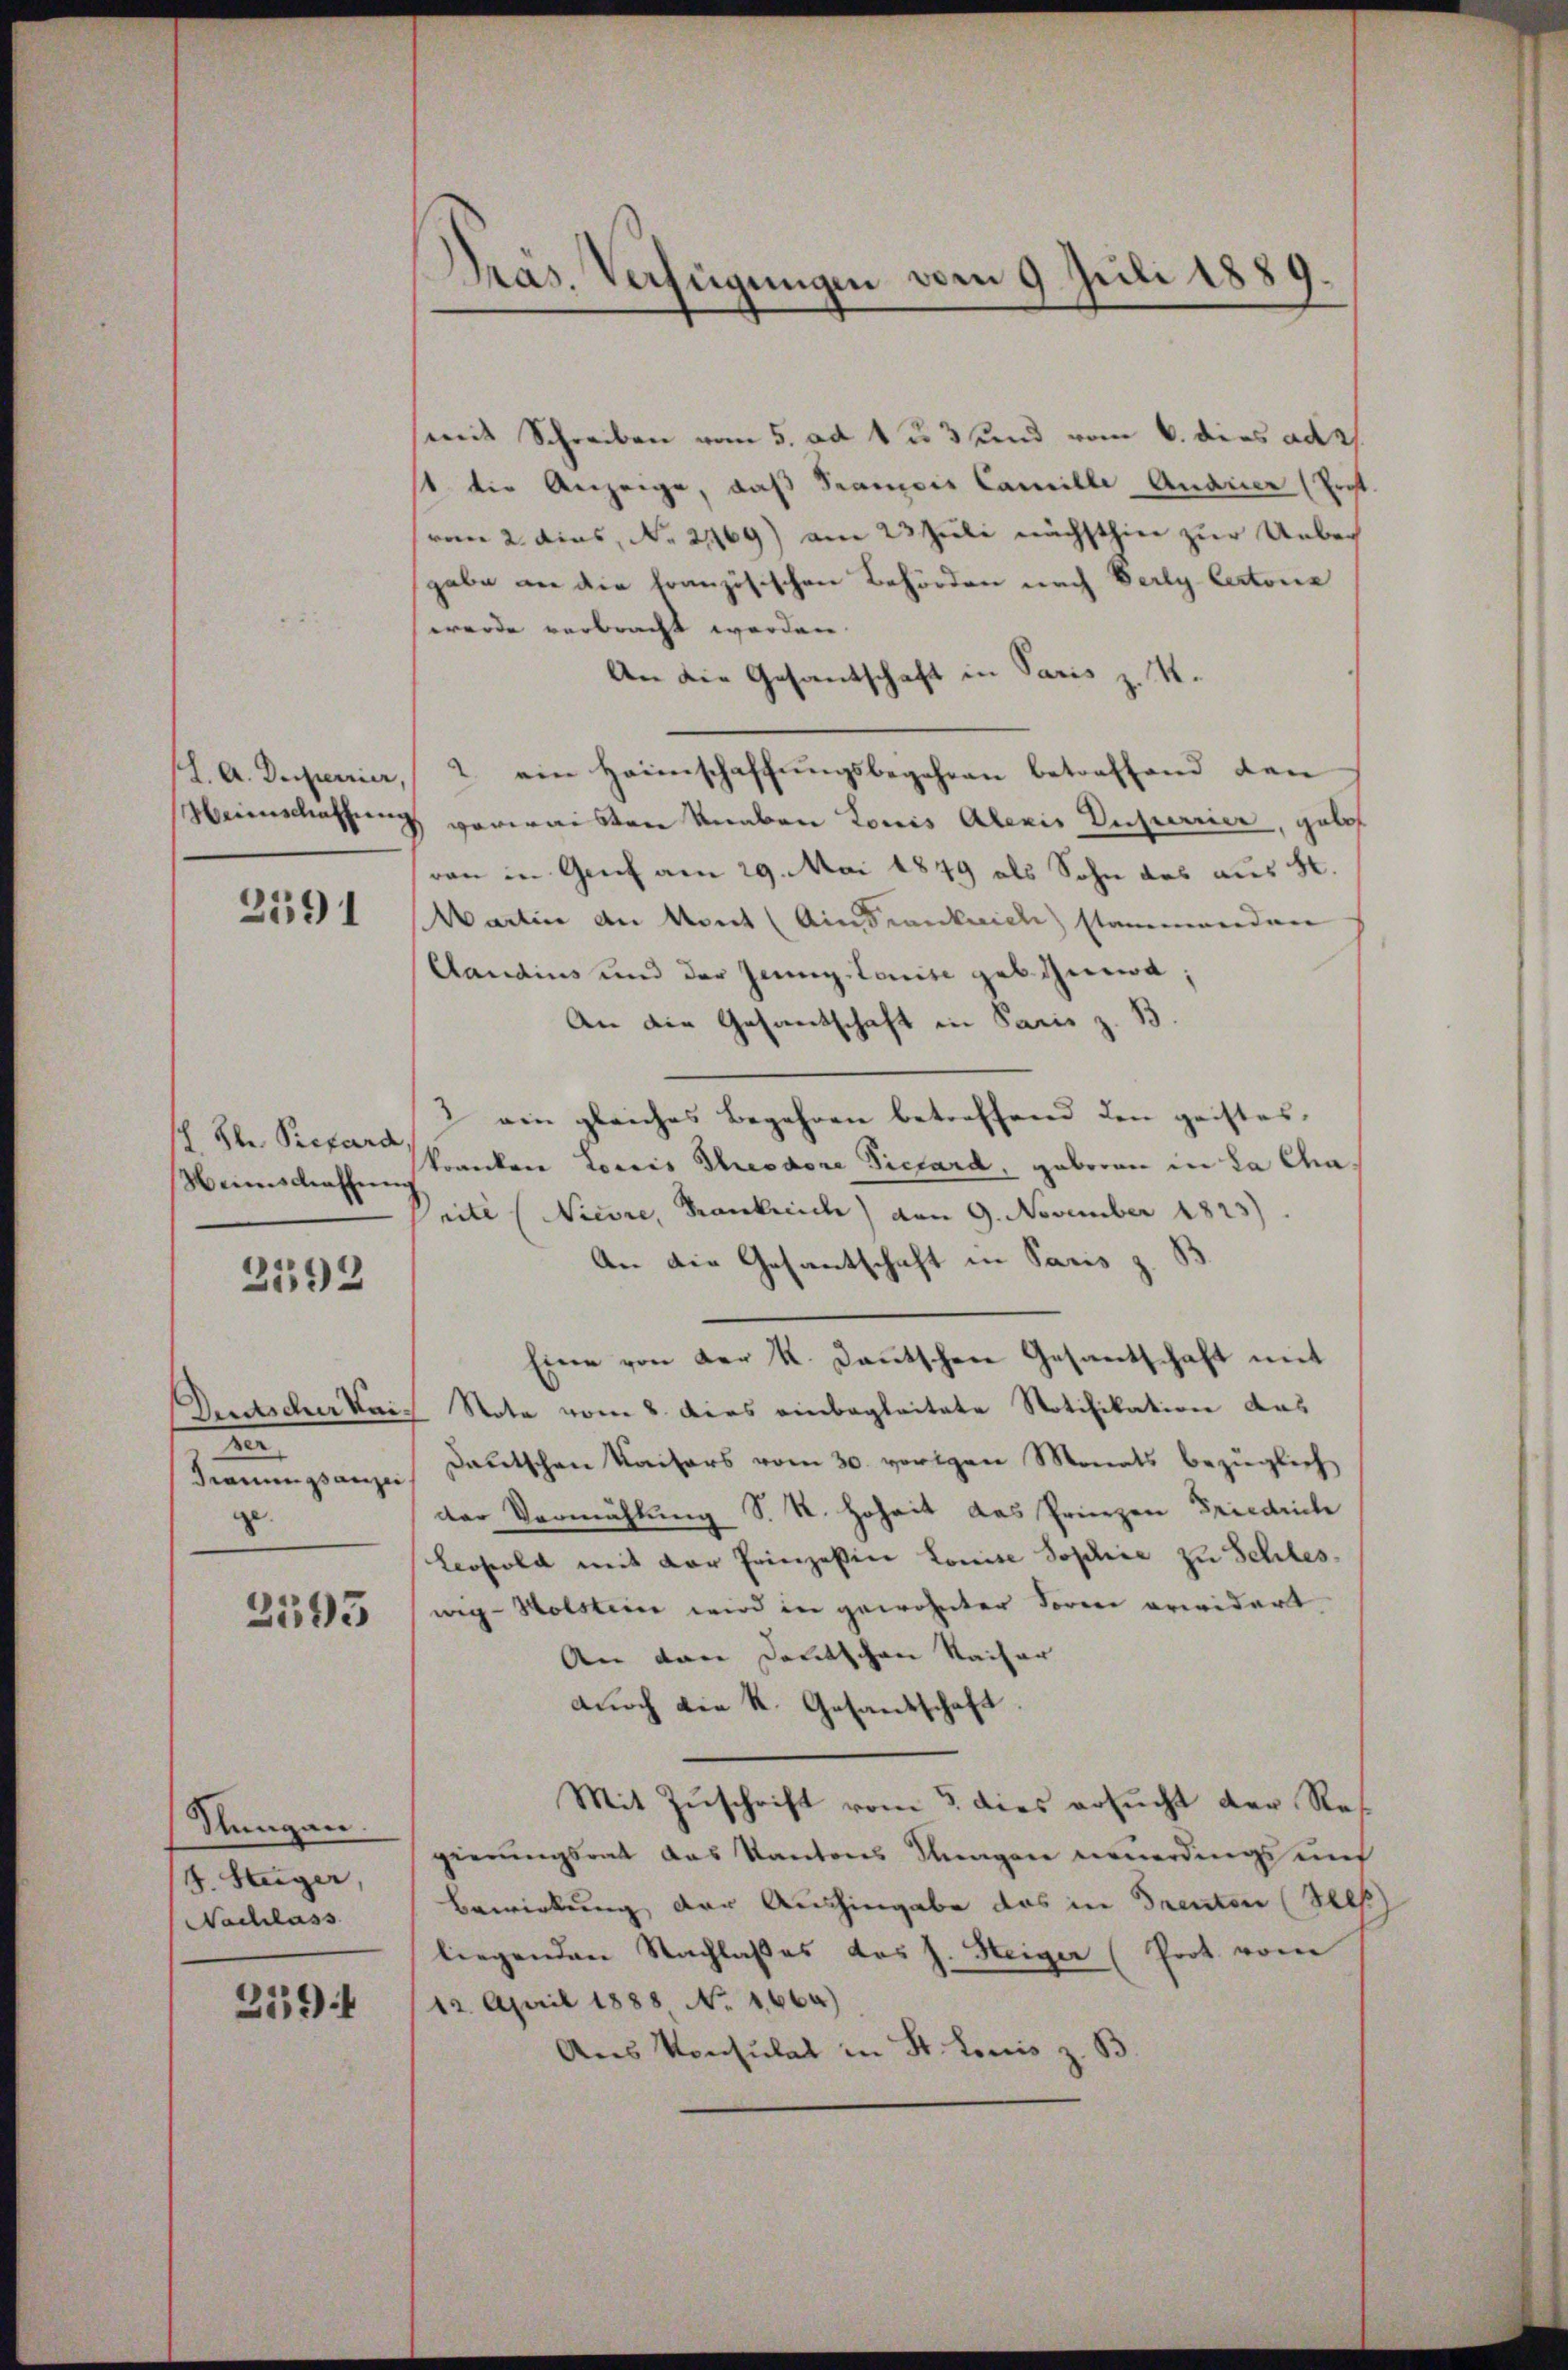
l. A. Duperier,
Meinschaffung

2591

sch. Hlr. Preford
Heimschaffnen

2592

Deutscher Kain
dienungsanzei
ge.

2595

Slungen.
4. Steiger,
Nachlass

2194

Präs. Verfügungen vom 9. Juli 1889.

mit Schreiben vom 5. ad 1 u. 3 und vom 6. dies adr
1 der Anzeige, daß Sramois Camille Audier (Erst
vom 2. dies, No. 21469) am 23 Juli nächsthier zur Unbeg
gabe an die französischen Behörden nach Verly Certone
werde verbracht werden.
An die Gesantschaft in Paris z. R.
2. ein Heimschaffŭngsbegehren betreffend den
verwaisten Knaben Louis Alexis Enfurrier, gelos
von in Genf am 29. Mai 1849 als Sohn des aus 80.
Martin an Mont (Ain Frankreich stammenden
Aaudius und der Jenny Louise geb. thun;
An die Gesandschaft in Paris z. B.
 ein gleiches Begehren betreffend den geistes.
kranken Loris Theodore Pichard, geboren in La Charite (NNievre, Frankreich) von 9. November 1823).
An die Gesantschaft in Paris z. B
Eine von der K. Kautschen Gesantschaft mit
Note vom 2. Das einbegleitete Notifikation das
Deutschen Kaisers vom 30. vorigen Monats bezüglich
der Vermählung S. R. Hoheit das Prinzen Friedrich
Leopold mit der Erinzessine Louise Sophie zu Schles
wig-Holsteine wird in gewohnter Sorene erwidert
An den Deutschen Kaiser
durch die K. Gesandschaft
Mit Zuschrift vom 3. dies ersucht der Res
gierungsrat das Kantons Kragen neuerdings auf
Bewirkung der Aushingabe das in Trenten (Selb
liegenden Nachlaßes das J. Steiger (Prot. vom
12. April 1888 No. 1664)
Aus Konsulat in St. Louis z. B